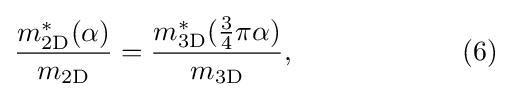
{\frac {m_{\rm {2D}}^{*}(\alpha )}{m_{\rm {2D}}}}={\frac {m_{\rm {3D}}^{*}({\frac {3}{4}}\pi \alpha )}{m_{\rm {3D}}}},\qquad \qquad \qquad (6)